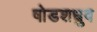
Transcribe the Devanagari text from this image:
षोडशध्रुव